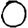
Digit: 0